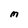
Character: M